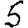
Digit: 5